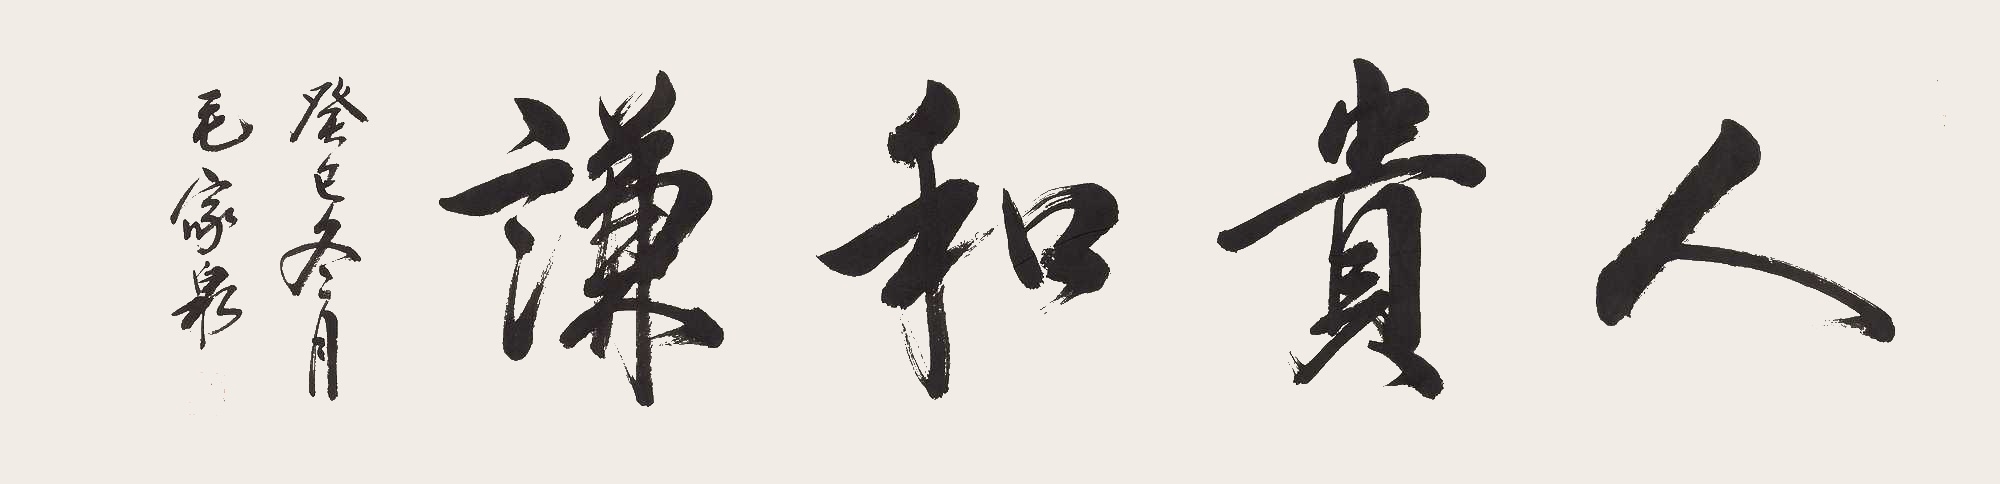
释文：人贵谦和癸巳冬月，毛家泉。